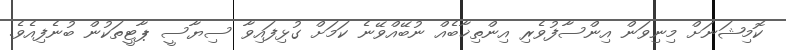
ކޮމިޝަނަށް މިނިވަން އިންސާފުވެރި އިންތިޚާބެއް ނުބޭއްވޭނެ ކަމަށް ގުޅިފައިވާ ސިޔާސީ ޕާޓީތަކުން ބުނެފިއެވެ.